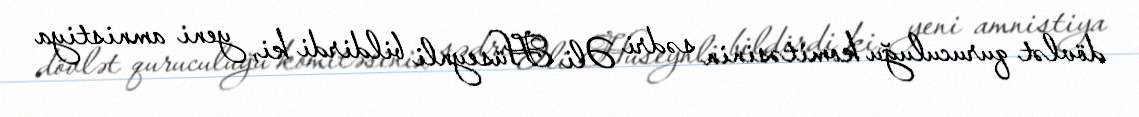
dövlət quruculuğu komitəsinin sədri Əli Hüseynli bildirdi ki, yeni amnistiya